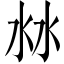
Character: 沝